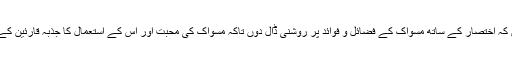
مناسب یہ سمجھتا ہوں کہ اختصار کے ساتھ مسواک کے فضائل و فوائد پر روشنی ڈال دوں تاکہ مسواک کی محبت اور اس کے استعمال کا جذبہ قارئین کے دلوں میں بیٹھ جائے۔